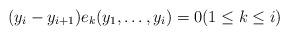
LaTeX: \begin{align*}(y_i-y_{i+1}) e_k(y_1,\ldots,y_i) = 0 (1\le k\le i)\end{align*}